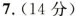
7.(14分)